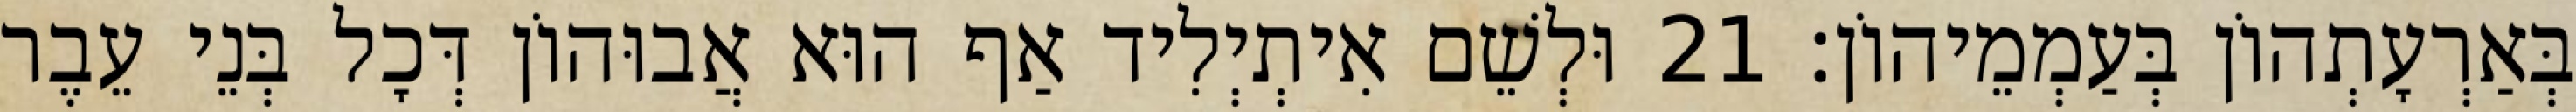
בְּאַרְעָתְהוֹן בְּעַמְמֵיהוֹן׃ 21 וּלְשֵׁם אִיתְיְלִיד אַף הוּא אֲבוּהוֹן דְּכָל בְּנֵי עֵבֶר